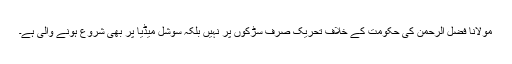
مولانا فضل الرحمٰن کی حکومت کے خلاف تحریک صرف سڑکوں پر نہیں بلکہ سوشل میڈیا پر بھی شروع ہونے والی ہے۔